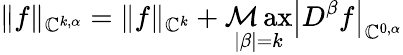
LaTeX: \| f\| _{\mathbb{C}^{k,\alpha}}=\| f\| _{\mathbb{C}^{k}}+\operatorname*{\mathcal{M}ax}_{|\beta|=k}\left|D^{\beta}f\right|_{\mathbb{C}^{0,\alpha}}